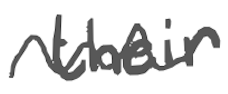
Text: their
Cross-out: wave
Writing tool: digital_gray